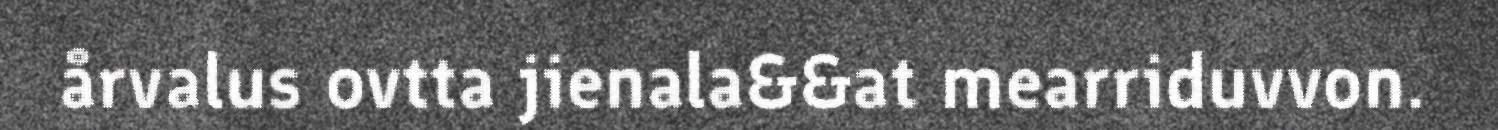
årvalus ovtta jienala&&at mearriduvvon.